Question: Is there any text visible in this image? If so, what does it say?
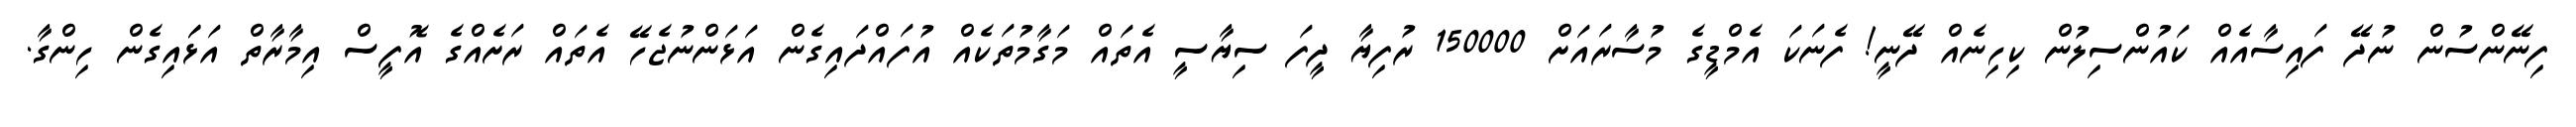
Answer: ފިނޭންސުން ނުދޭ ފައިސާއެއް ކައުންސިލުން ކިހިނެއް ދޭނީ! ފެނަކަ އެމްޑީގެ މުސާރައަށް 150000 ރުފިޔާ ދީފަ ސިޔާސީ އެތައް މަގާމުތަކެއް އުފައްދައިގެން އަޅަންނުޖެހޭ އެތައް ރަށެއްގެ އޮފީސް އިމާރާތް އަޅަައިގެން ހިންގާ.